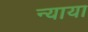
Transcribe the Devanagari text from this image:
न्याया